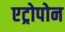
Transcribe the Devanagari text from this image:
एट्रोपोन